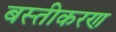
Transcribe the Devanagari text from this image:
बस्तीकरण